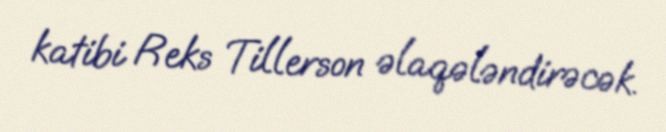
katibi Reks Tillerson əlaqələndirəcək.